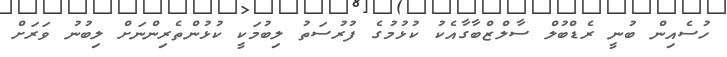
ހުސެއިން ބުނީ ރެޑްބުލް ސާލްޒްބާގާއެކު ކުޅުމުގެ ފުރުސަތު ލިބުމަކީ ކުޅުންތެރިންނަށް ލިބުނު ވަރަށް